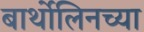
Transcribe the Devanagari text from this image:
बार्थोलिनच्या